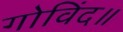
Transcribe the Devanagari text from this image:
गोविंद॥